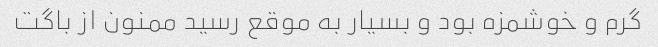
گرم و خوشمزه بود و بسیار به موقع رسید ممنون از باگت